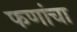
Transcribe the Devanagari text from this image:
फणांचा